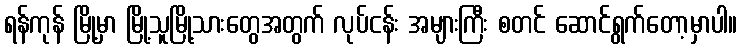
ရန်ကုန် မြို့မှာ မြို့သူမြို့သားတွေအတွက် လုပ်ငန်း အများကြီး စတင် ဆောင်ရွက်တော့မှာပါ။